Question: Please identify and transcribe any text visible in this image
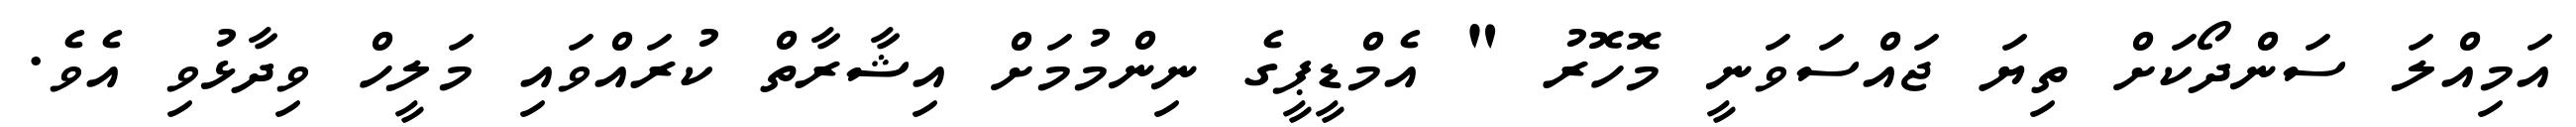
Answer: އަމިއްލަ ސަންދޯކަށް ތިޔަ ޖައްސަވަނީ މޮހޮރު " އެމްޑީޕީގެ ނިންމުމަށް އިޝާރާތް ކުރައްވައި މަލީހް ވިދާޅުވި އެވެ.